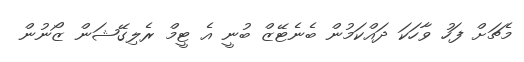
މެޗަށް ފަހު ވާހަކަ ދައްކަމުން ބެނެޓޭޒް ބުނީ އެ ޓީމް ރެލިގޭޝަން ޒޯނުން